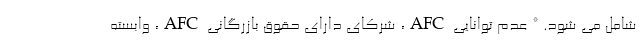
شامل می شود. * عدم توانایی AFC، شرکای دارای حقوق بازرگانی AFC، وابسته